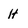
Character: H